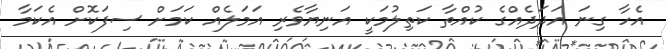
އެހާ ގިނަ އަދަދެއްގެ ކުއްތާ ކަތިލުމަކީ އަނިޔާވެރި އަމަލެއް ކަމަށް ސިފަކޮށް އެކަމާ